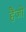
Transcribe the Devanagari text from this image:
हैंजो